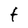
Character: f